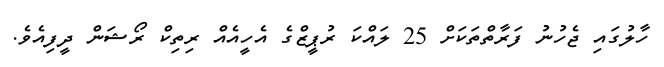
ހާލުގައި ޖެހުނު ފަރާތްތަކަށް 25 ލައްކަ ރުޕީޒްގެ އެހީއެއް ރިތިކް ރޯޝަން ދީފިއެވެ.